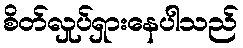
စိတ်လှုပ်ရှားနေပါသည်